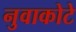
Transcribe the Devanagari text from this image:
नुवाकोटे